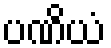
ပဏိယံ